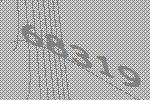
68319